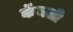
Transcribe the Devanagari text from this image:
कॅनली